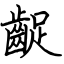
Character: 齪